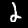
Label: 2